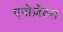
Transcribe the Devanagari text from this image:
एपोज़ेल्स